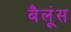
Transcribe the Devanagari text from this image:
बैलूंस